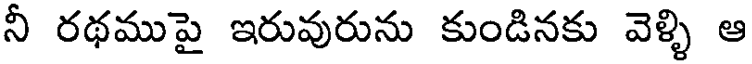
నీ రథముపై ఇరువురును కుండినకు వెళ్ళి ఆ